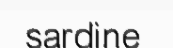
sardine